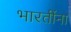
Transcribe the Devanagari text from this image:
भारतींना